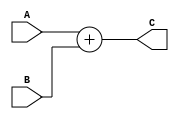
`timescale 1ns / 1ps
//////////////////////////////////////////////////////////////////////////////////
// Company: 
// Engineer: 
// 
// Design Name: 
// Module Name:    Adder 
// Project Name: 
// Target Devices: 
// Tool versions: 
// Description: 
//
// Dependencies: 
//
// Revision: 
// Revision 0.01 - File Created
// Additional Comments: 
//
//////////////////////////////////////////////////////////////////////////////////
module Adder(
    input [31:0] A,
    input [31:0] B,
    output [31:0] C
    );

assign C = A + B;

endmodule